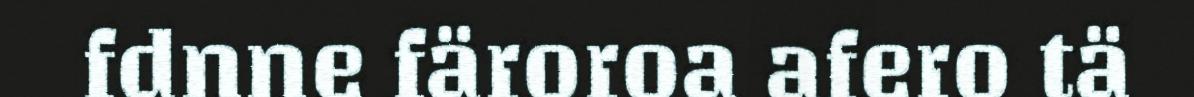
fdnne färoroa afero tä